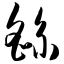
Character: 繇